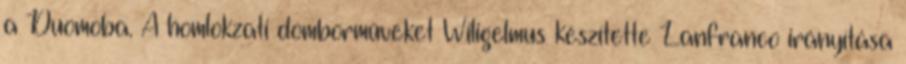
a Duomoba. A homlokzati domborműveket Wiligelmus készítette Lanfranco irányítása